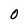
Character: O